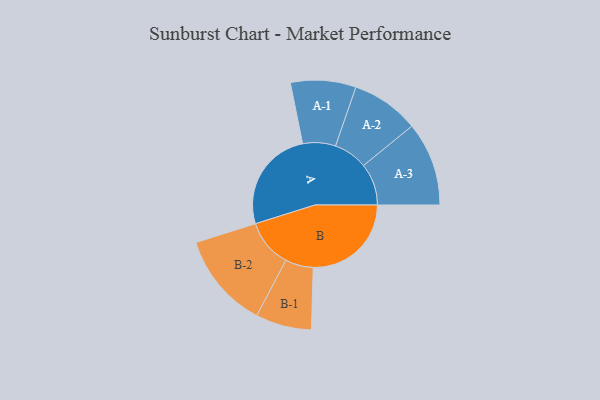
{"axis": {"x": "Segment", "y": "Value"}, "legend": ["", "A", "B"], "data": [{"x": "A", "y": 412, "type": ""}, {"x": "B", "y": 393, "type": ""}, {"x": "A-1", "y": 131, "type": "A"}, {"x": "A-2", "y": 136, "type": "A"}, {"x": "A-3", "y": 168, "type": "A"}, {"x": "B-1", "y": 112, "type": "B"}, {"x": "B-2", "y": 192, "type": "B"}]}